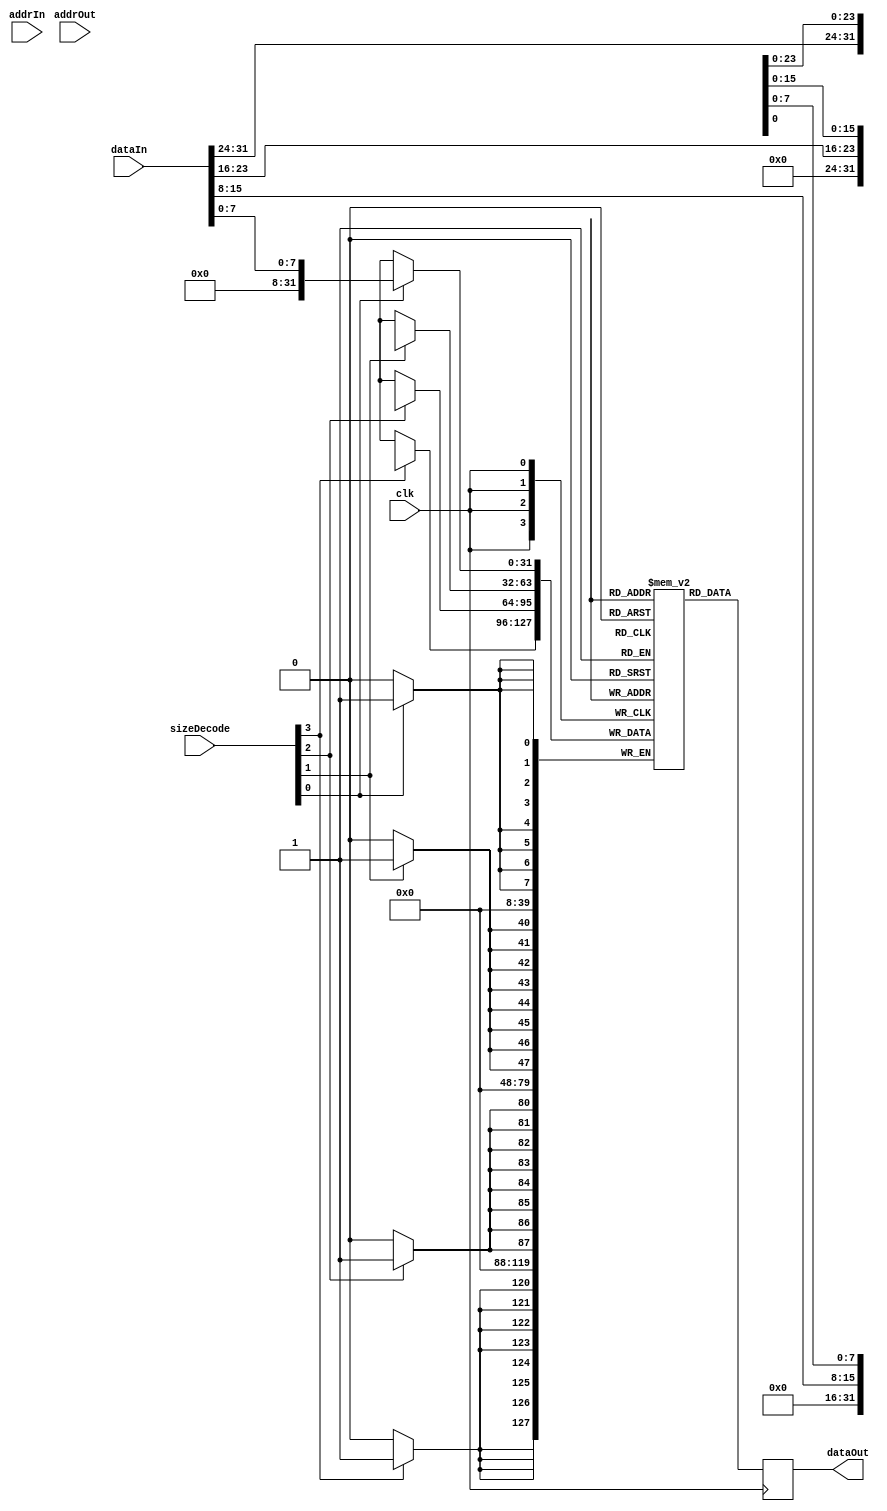
module BlockRAM #(parameter MEM_ADDR_WIDTH = 0)   
(
    input                       clk,
    input [MEM_ADDR_WIDTH-1:0]  addrIn,
    input [MEM_ADDR_WIDTH-1:0]  addrOut,
    input [3:0]                 sizeDecode,
    input  [31:0]               dataIn,
    output reg [31:0]           dataOut
);

(* ram_style="block" *)reg [31:0] mem [(2**MEM_ADDR_WIDTH-1):0];

always@(posedge clk) 
begin
    if(sizeDecode[0]) mem[addrIn][7:0]   <= dataIn[7:0];
    if(sizeDecode[1]) mem[addrIn][15:8]  <= dataIn[15:8];
    if(sizeDecode[2]) mem[addrIn][23:16] <= dataIn[23:16];
    if(sizeDecode[3]) mem[addrIn][31:24] <= dataIn[31:24];

    dataOut <= mem[addrOut];
end

endmodule